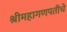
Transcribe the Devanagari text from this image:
श्रीमहागणपतीचे